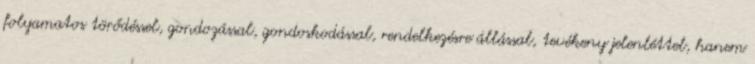
folyamatos törődéssel, gondozással, gondoskodással, rendelkezésre állással, tevékeny jelenléttel, hanem